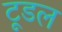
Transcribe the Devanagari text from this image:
टूडल